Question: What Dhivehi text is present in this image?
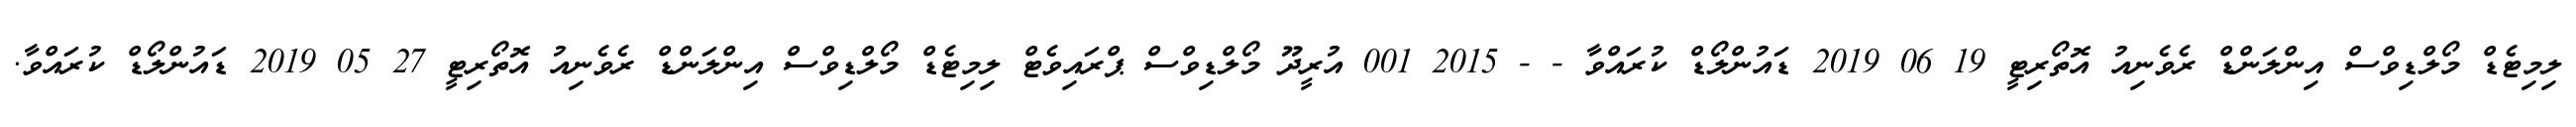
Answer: ލިމިޓެޑް މޯލްޑިވްސް އިންލަންޑް ރެވެނިއު އޮތޯރިޓީ 19 06 2019 ޑައުންލޯޑް ކުރައްވާ - - 2015 001 އުރީދޫ މޯލްޑިވްސް ޕްރައިވެޓް ލިމިޓެޑް މޯލްޑިވްސް އިންލަންޑް ރެވެނިއު އޮތޯރިޓީ 27 05 2019 ޑައުންލޯޑް ކުރައްވާ.